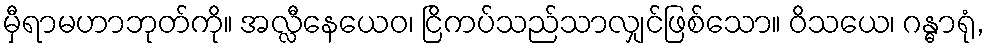
မှီရာမဟာဘုတ်ကို။ အလ္လီနေယေဝ၊ ငြိကပ်သည်သာလျှင်ဖြစ်သော။ ဝိသယေ၊ ဂန္ဓာရုံ,